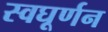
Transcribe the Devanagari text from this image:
स्वघूर्णन